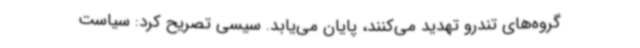
گروه‌های تندرو تهدید می‌کنند، پایان می‌یابد. سیسی تصریح کرد: سیاست